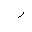
Letter: _ra